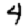
Digit: 4